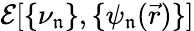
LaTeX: \mathcal{E}[\{ \nu_{\mathfrak{n}}\} ,\{ \psi_{\mathfrak{n}}(\vec{r})\} ]